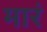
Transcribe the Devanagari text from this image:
मारं